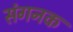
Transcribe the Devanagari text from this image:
संगनक